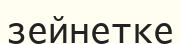
зейнетке